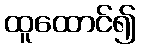
ထူထောင်၍